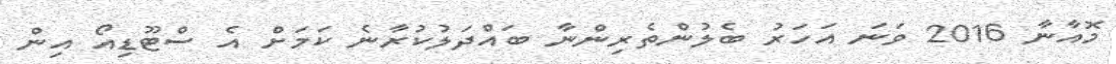
މޮއާނާ 2016 ވަނަ އަހަރު ބެލުންތެރިންނާ ބައްދަލުކުރާނެ ކަމަށް އެ ސްޓޫޑިއޯ އިން